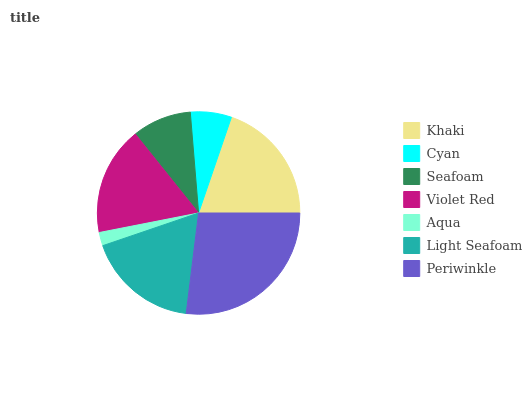
| Khaki | Cyan | Seafoam | Violet Red | Aqua | Light Seafoam | Periwinkle |
 | --- | --- | --- | --- | --- | --- | --- |
 | 19.7% | 6.56% | 9.46% | 17.4% | 2.15% | 17.8% | 26.9% |